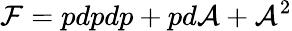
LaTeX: {\cal F}=pdpdp+pd{\cal A}+{\cal A}^{2}